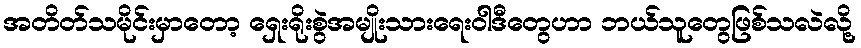
အတိတ်သမိုင်းမှာတော့ ရှေးရိုးစွဲအမျိုးသားရေးဝါဒီတွေဟာ ဘယ်သူတွေဖြစ်သလဲလို့